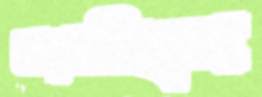
ধরাচ্ছিস